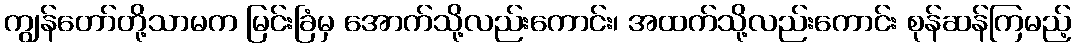
ကျွန်တော်တို့သာမက မြင်းခြံမှ အောက်သို့လည်းကောင်း၊ အထက်သို့လည်းကောင်း စုန်ဆန်ကြမည့်